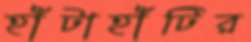
হাঁটাহাঁটির